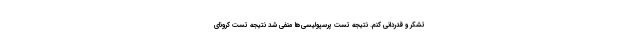
تشکر و قدردانی کنم. نتیجه تست پرسپولیسی‌ها منفی شد نتیجه تست کرونای